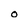
Character: 0